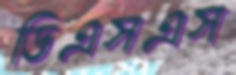
ডিএসএস